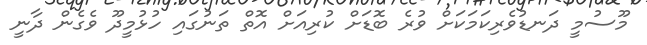
މޫސުމީ ދަނޑުވެރިކަމަކަށް ވުރެ ބޮޑަށް ކުރިއަށް އޮތް ތަނުގައި ހުޅުމީދޫ ވެގެން ދާނީ